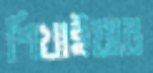
শিখাইয়ার